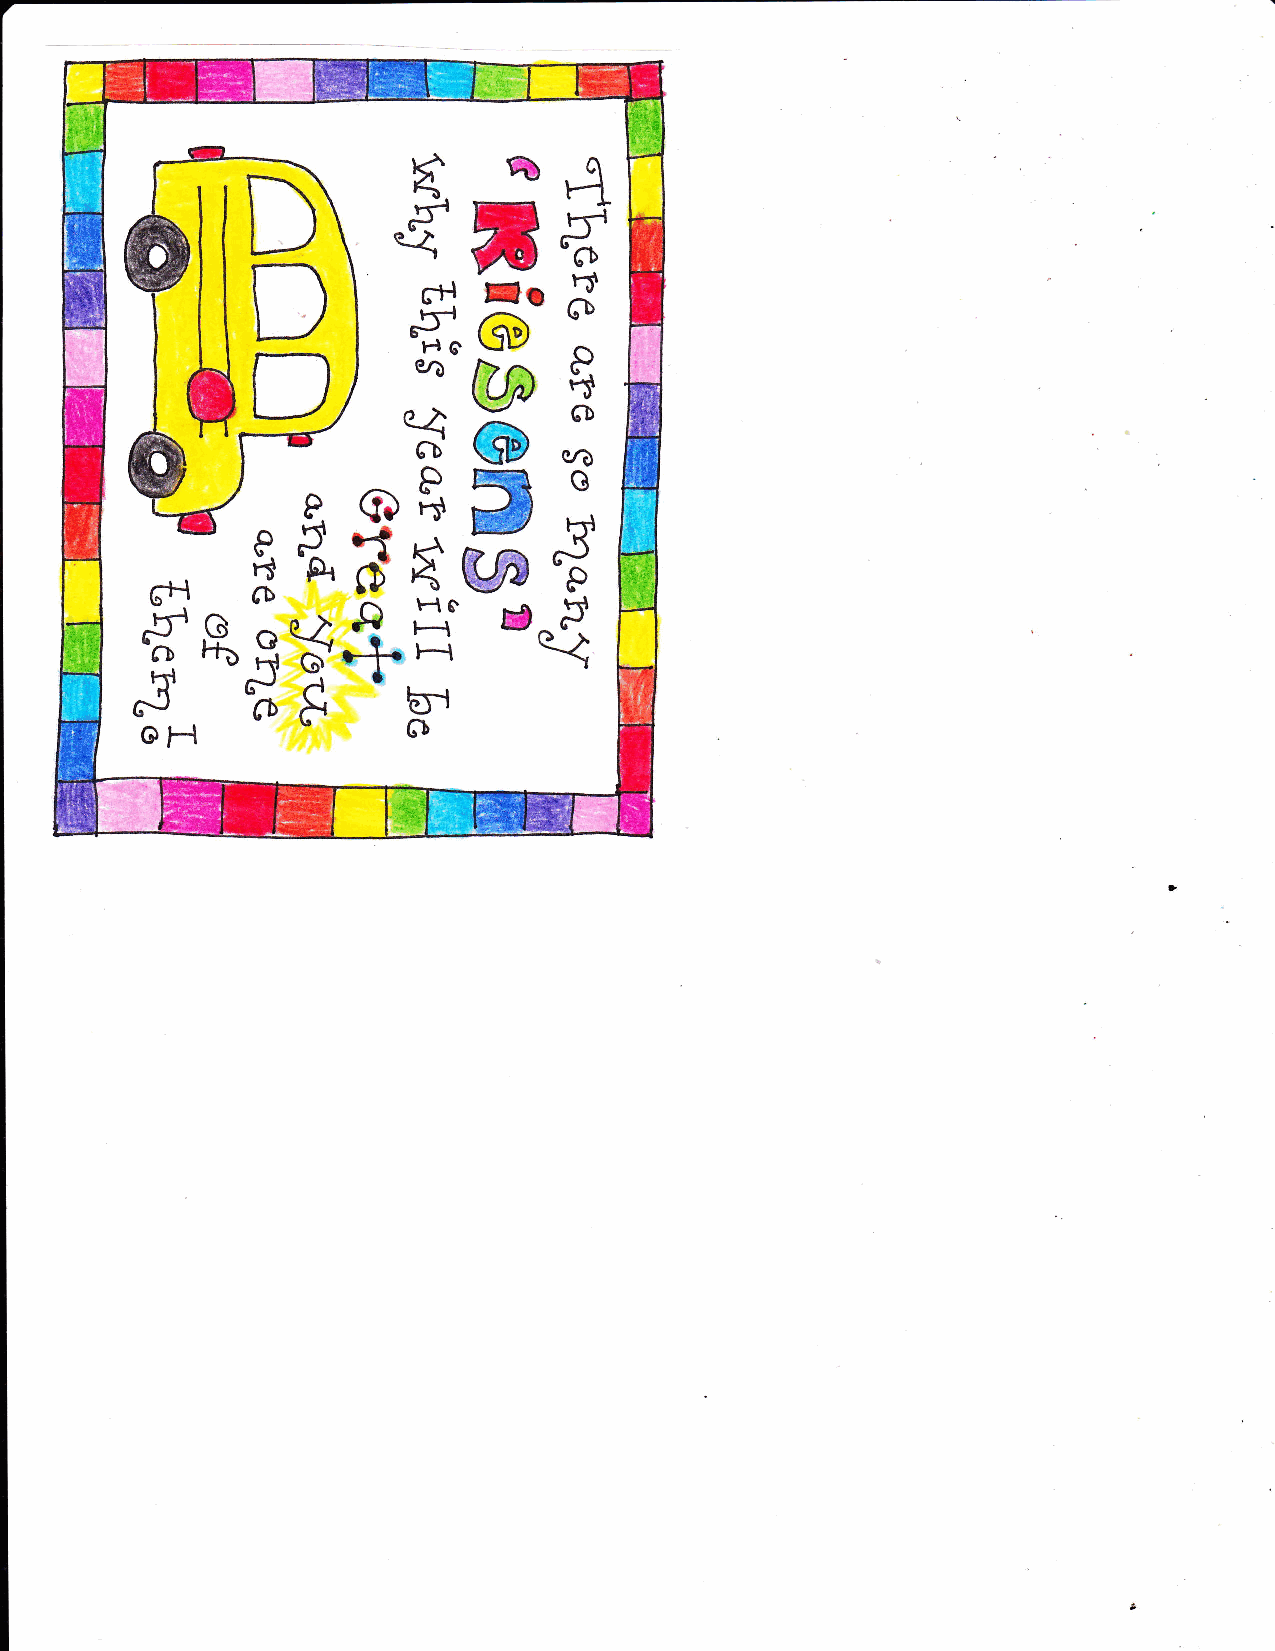
%q
 t#
 D                    t-l
 s,
 \-t
 D     I        IhP
 lJ' cr-t
 ,^.   bu
 I       €I9
 D          |-.|c.
 il         l%
 /e4
 E6rh;
 S
 ED ffi;
 o
 ah
 P
 8,5
 @5
 rjft  H€
 dP
 6b         HC      q
 NH
 oq4
 +t-{
 F\l
 G\
 6JA        til
 ots
 cb